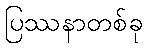
ပြဿနာတစ်ခု